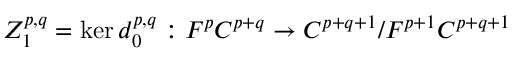
Z _ { 1 } ^ { p , q } = \ker d _ { 0 } ^ { p , q } : F ^ { p } C ^ { p + q } \rightarrow C ^ { p + q + 1 } / F ^ { p + 1 } C ^ { p + q + 1 }